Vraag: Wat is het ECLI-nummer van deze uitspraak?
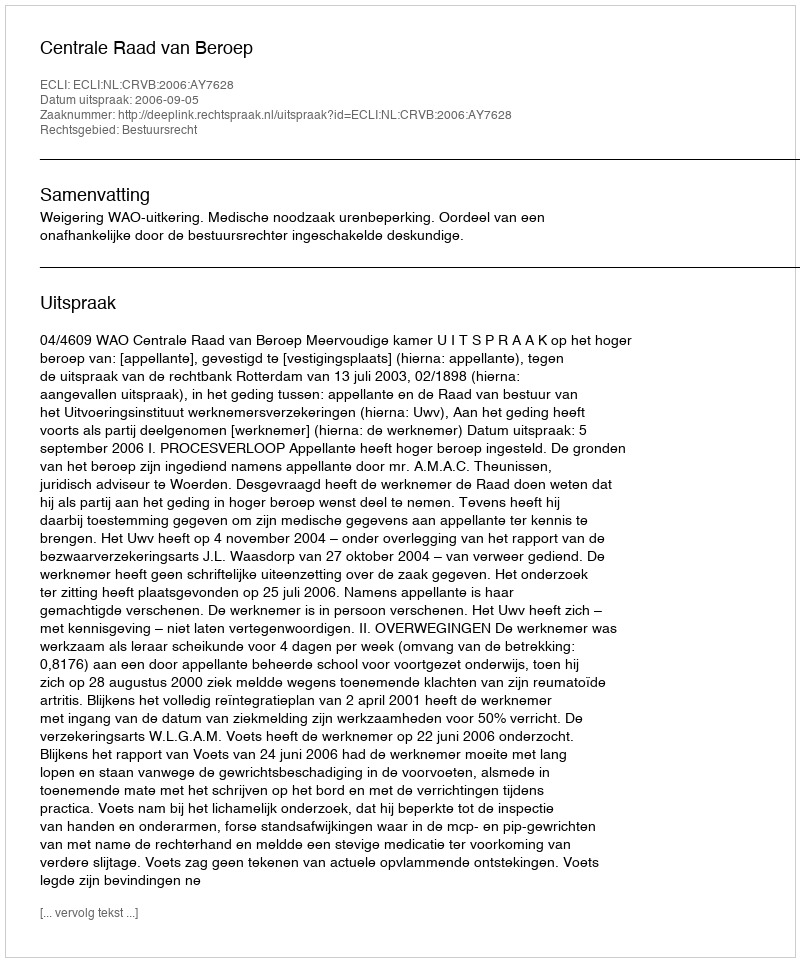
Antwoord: ECLI:NL:CRVB:2006:AY7628